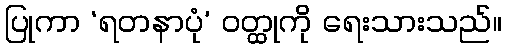
ပြုကာ ‘ရတနာပုံ’ ဝတ္ထုကို ရေးသားသည်။